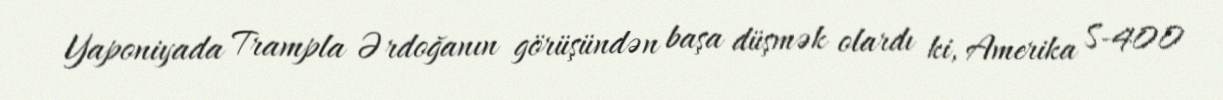
Yaponiyada Trampla Ərdoğanın görüşündən başa düşmək olardı ki, Amerika S-400